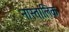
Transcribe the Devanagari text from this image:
नास्तालिक